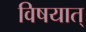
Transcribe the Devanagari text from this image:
विषयात्